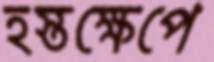
হস্তক্ষেপে